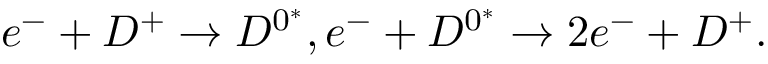
e ^ { - } + D ^ { + } \rightarrow D ^ { 0 ^ { * } } , e ^ { - } + D ^ { 0 ^ { * } } \rightarrow 2 e ^ { - } + D ^ { + } .